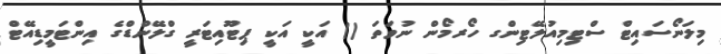
މިލަނޯސައިޓް ސްޓިމިއުލޭޓިންގ ހޯރމޯން ނުވަތަ () އަކީ އަކީ ޕިޓޫއިޓަރީ ގްލޭންޑްގެ އިންޓަމީޑިއޭޓް